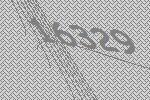
16329